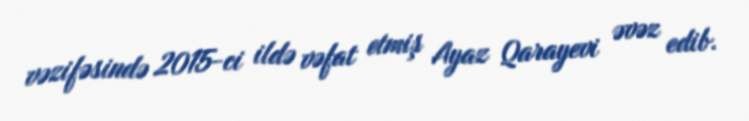
vəzifəsində 2015-ci ildə vəfat etmiş Ayaz Qarayevi əvəz edib.